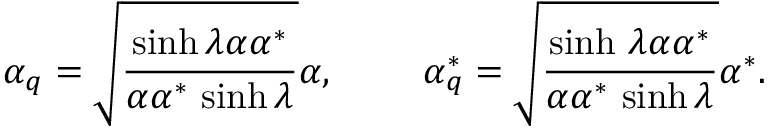
\alpha _ { q } = \sqrt { \frac { \sinh \lambda \alpha \alpha ^ { * } } { \alpha \alpha ^ { * } \, \sinh \lambda } } \alpha , ~ ~ ~ ~ ~ ~ ~ \alpha _ { q } ^ { * } = \sqrt { \frac { \sinh \, \lambda \alpha \alpha ^ { * } } { \alpha \alpha ^ { * } \, \sinh \lambda } } \alpha ^ { * } .